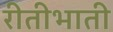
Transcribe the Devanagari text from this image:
रीतीभाती